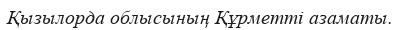
Қызылорда облысының Құрметті азаматы.